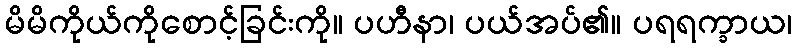
မိမိကိုယ်ကိုစောင့်ခြင်းကို။ ပဟီနာ၊ ပယ်အပ်၏။ ပရရက္ခာယ၊